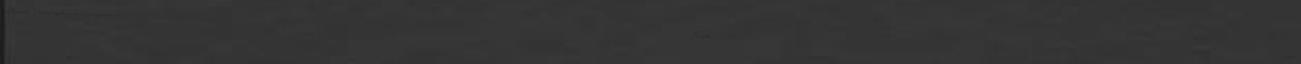
istállózástól. Sebőnek eszébe jutott, hogy megjártassa a "Buczkó" nevű